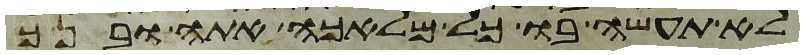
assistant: לא תעשה בו כל מלאכה אתה ובנך